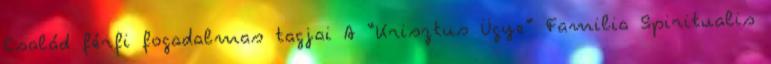
Család férfi fogadalmas tagjai A “Krisztus Ügye” Familia Spiritualis